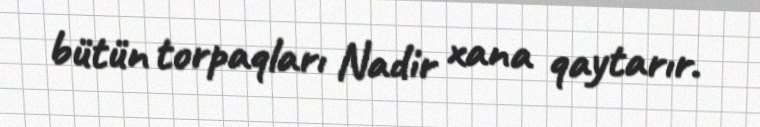
bütün torpaqları Nadir xana qaytarır.